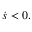
\dot { s } < 0 .